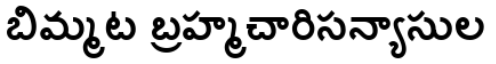
బిమ్మట బ్రహ్మచారిసన్యాసుల